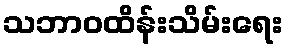
သဘာဝထိန်းသိမ်းရေး